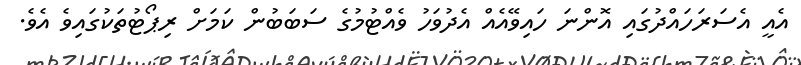
އެއީ އެސަރަހައްދުގައި އޮންނަ ހައިވޭއެއް އެދުވަހު ވެއްޓުމުގެ ސަބަބުން ކަމަށް ރިޕޯޓުތަކުގައިވެ އެވެ.